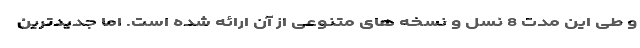
و طی این مدت 8 نسل و نسخه های متنوعی از آن ارائه شده است. اما جدیدترین